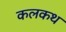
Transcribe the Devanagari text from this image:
कलकथ